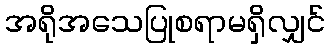
အရိုအသေပြုစရာမရှိလျှင်